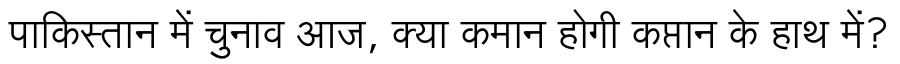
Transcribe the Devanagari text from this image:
पाकिस्तान में चुनाव आज, क्या कमान होगी कप्तान के हाथ में?